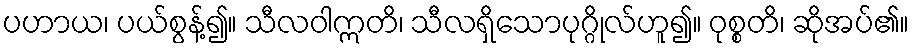
ပဟာယ၊ ပယ်စွန့်၍။ သီလဝါဣတိ၊ သီလရှိသောပုဂ္ဂိုလ်ဟူ၍။ ဝုစ္စတိ၊ ဆိုအပ်၏။